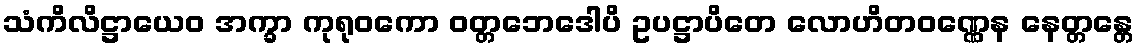
သံကိလိဋ္ဌာယေဝ အက္ခာ ကုရုဝကော ဝတ္တဘေဒေါပိ ဥပဋ္ဌာပိတေ လောဟိတဝဏ္ဏေန နေတ္တန္တေ